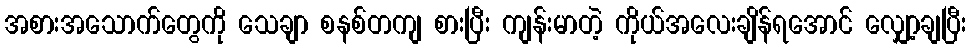
အစားအသောက်တွေကို သေချာ စနစ်တကျ စားပြီး ကျန်းမာတဲ့ ကိုယ်အလေးချိန်ရအောင် လျှော့ချပြီး